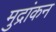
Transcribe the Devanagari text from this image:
मुद्रांकन